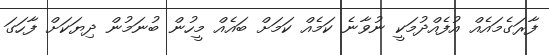
ފާރަގެމައެއް އުފެއްދުމަކީ ނުވާނެ ކަމެއް ކަމަށް ބައެއް މީހުން ބުނަމުން ދިޔަކަށް ފާހަގަ